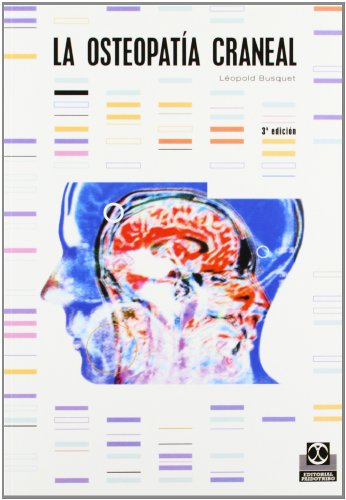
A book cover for OSTEOPATÃEA CRANEAL, LA (Spanish Edition); LÃ©opold. Busquet; Health, Fitness & Dieting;